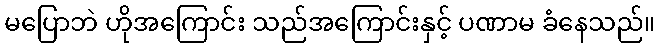
မပြောဘဲ ဟိုအကြောင်း သည်အကြောင်းနှင့် ပဏာမ ခံနေသည်။